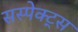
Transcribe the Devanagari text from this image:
सस्पेक्ट्स